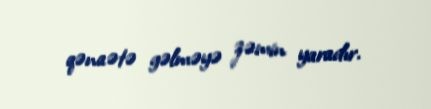
qənaətə gəlməyə zəmin yaradır.